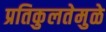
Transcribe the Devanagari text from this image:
प्रतिकुलतेमुळे